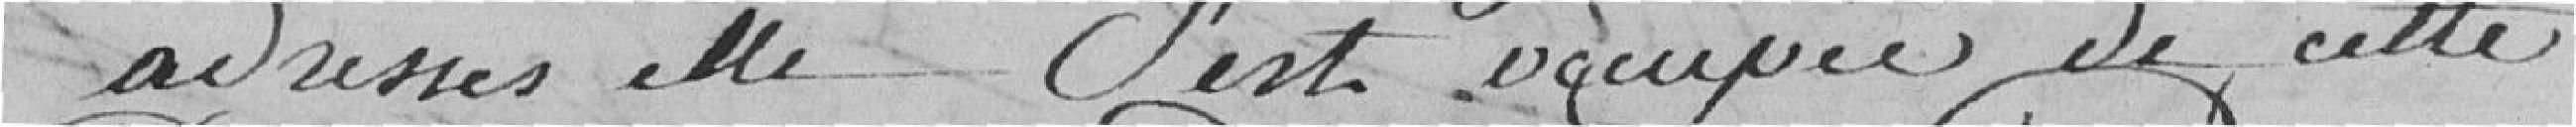
adresses, elle s'est occupée de cette